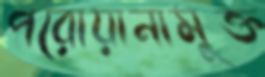
পরোয়ানামুক্ত